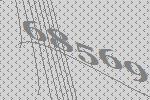
68569